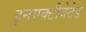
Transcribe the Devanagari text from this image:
इनएक्टीवेटेड